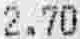
2.70